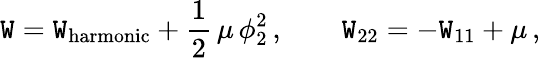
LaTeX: {\cal\mathtt{W}}={\cal\mathtt{W}}_{\mathrm{{harmonic}}}+\frac{{1}}{{2}}\, \mu\, \phi_{2}^{2}\, ,\qquad{\cal\mathtt{W}}_{22}=-{\cal\mathtt{W}}_{11}+\mu\, ,